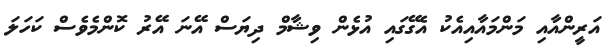
އަރީންއާއި މަންމައާއިއެކު އެގޭގައި އުޅެން ވިޝާމް ދިޔަސް އޭނަ އޭރު ކޮންމެވެސް ކަހަލަ